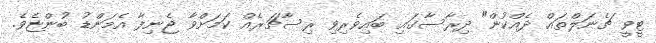
ޓީވީ ޗެނަލްތައް ދެއްކުން" ދިރާސާގައި ބައިވެރިވި ރިސާޗަރެއް ކަމަށްވާ ޖެނިފާ އެމަންޑު ބުންޏެވެ.